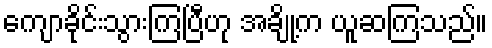
ကျောခိုင်းသွားကြပြီဟု အချို့က ယူဆကြသည်။